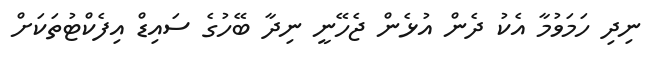
ނިދި ހަމަވުމާ އެކު ދެން އުޅެން ޖެހޭނީ ނިދާ ބޭހުގެ ސައިޑް އިފެކްޓުތަކަށް